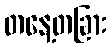
တနေ့တခြား